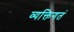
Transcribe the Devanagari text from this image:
व्यक्तिगतं